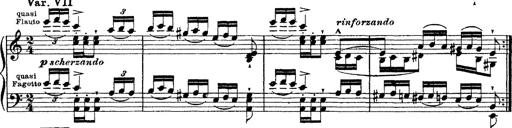
Title: Ã‰tudes d'exÃ©cution transcendante d'aprÃ¨s Paganini
Composer: Franz Liszt